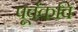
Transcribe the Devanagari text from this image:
पूर्वकवि